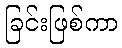
ခြင်းဖြစ်ကာ